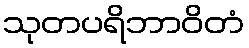
သုတပရိဘာဝိတံ